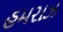
હમરાઝ